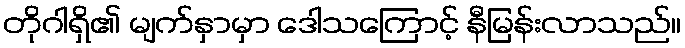
တိုဂါရှိ၏ မျက်နှာမှာ ဒေါသကြောင့် နီမြန်းလာသည်။